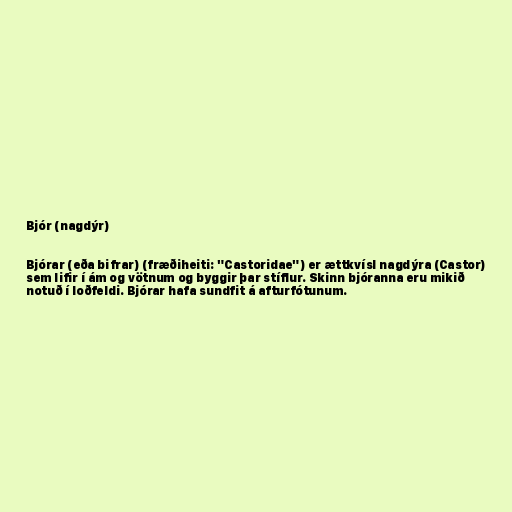
Bjór (nagdýr)

Bjórar (eða bifrar) (fræðiheiti: "Castoridae") er ættkvísl nagdýra (Castor)
sem lifir í ám og vötnum og byggir þar stíflur. Skinn bjóranna eru mikið
notuð í loðfeldi. Bjórar hafa sundfit á afturfótunum.